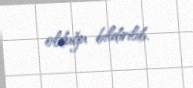
olduğu bildirilib.